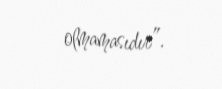
olmamasıdır”.